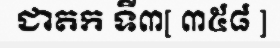
ជាតក ទី៣[ ៣៥៨ ]